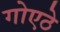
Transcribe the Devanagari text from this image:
गोएठे